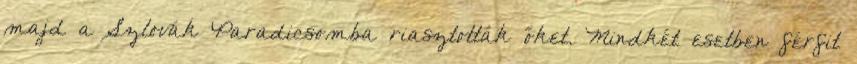
majd a Szlovák Paradicsomba riasztották őket. Mindkét esetben férfit